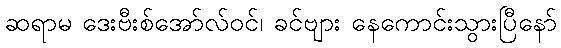
ဆရာမ ဒေးဗီးစ်အော်လ်ဝင်၊ ခင်ဗျား နေကောင်းသွားပြီနော်